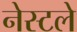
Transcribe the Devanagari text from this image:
नेस्टले